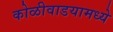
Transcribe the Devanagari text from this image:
कोळीवाडयामध्ये